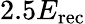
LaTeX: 2.5E_{\mathrm{rec}}